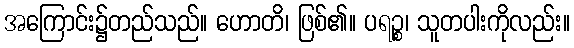
အကြောင်း၌တည်သည်။ ဟောတိ၊ ဖြစ်၏။ ပရဉ္စ၊ သူတပါးကိုလည်း။